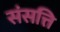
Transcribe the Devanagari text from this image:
संसत्ति